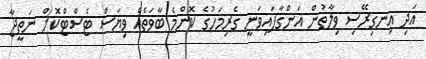
އަދި އިނގިރޭސި ވިލާތުން އަންގާފައިވަނީ ގެރިމަހުގެ ކޮންމެ ބާވަތެއް ވިޔަސް ޓެސްޓްކޮށް ނަތީޖާ